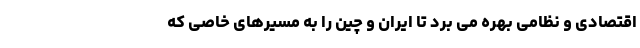
اقتصادی و نظامی بهره می برد تا ایران و چین را به مسیرهای خاصی که